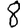
Digit: 8